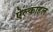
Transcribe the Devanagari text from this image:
ऐल्काहल